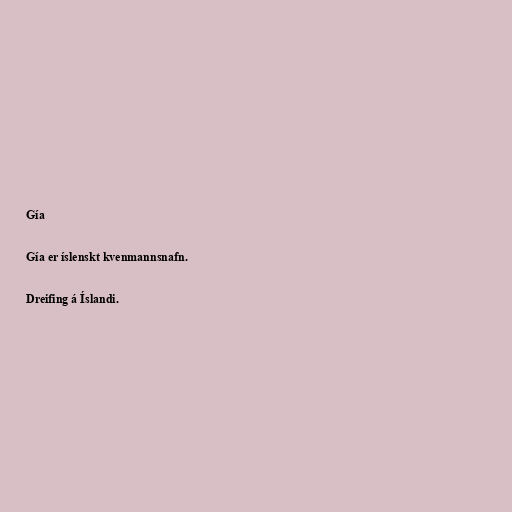
Gía

Gía er íslenskt kvenmannsnafn.

Dreifing á Íslandi.